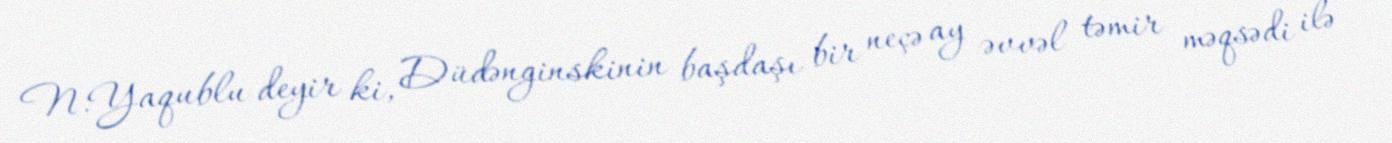
N.Yaqublu deyir ki, Düdənginskinin başdaşı bir neçə ay əvvəl təmir məqsədi ilə